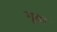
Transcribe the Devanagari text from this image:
गूढा